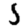
Digit: 5